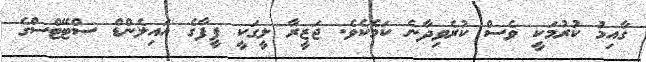
ގާއިމު ކުރުމަކީ ވެސް ކުރެވިދާނެ ކަމެކެވެ. ޖަޒީރާ ލީގަކީ ފީފާގެ އައިލެންޑް ސްޓޭޓްސްގެ